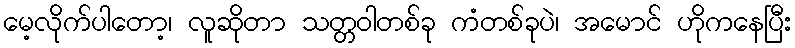
မေ့လိုက်ပါတော့၊ လူဆိုတာ သတ္တဝါတစ်ခု ကံတစ်ခုပဲ၊ အမောင် ဟိုကနေပြီး